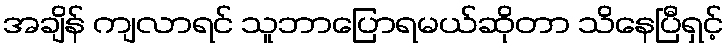
အချိန် ကျလာရင် သူဘာပြောရမယ်ဆိုတာ သိနေပြီရှင့်